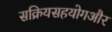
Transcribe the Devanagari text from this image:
सक्रियसहयोगऔर